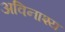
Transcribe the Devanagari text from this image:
अविनाश्य